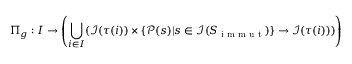
\Pi _ { g } : I \rightarrow \left( \bigcup _ { i \in I } ( \mathcal { I } ( \tau ( i ) ) \times \{ \mathcal { P } ( s ) | s \in \mathcal { I } ( S _ { \textup { i m m u t } } ) \} \rightarrow \mathcal { I } ( \tau ( i ) ) ) \right)